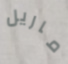
ماريل